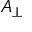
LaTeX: { \boldsymbol { A } } _ { \perp }